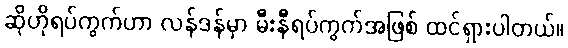
ဆိုဟိုရပ်ကွက်ဟာ လန်ဒန်မှာ မီးနီရပ်ကွက်အဖြစ် ထင်ရှားပါတယ်။